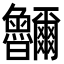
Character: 鿩